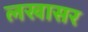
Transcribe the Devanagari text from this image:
लखासर